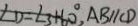
\angle D = \angle 3 + 6 0 ^ { \circ } , A B / / C D